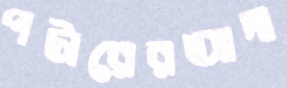
পটারেরআদা